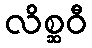
လိစ္ဆဝီ